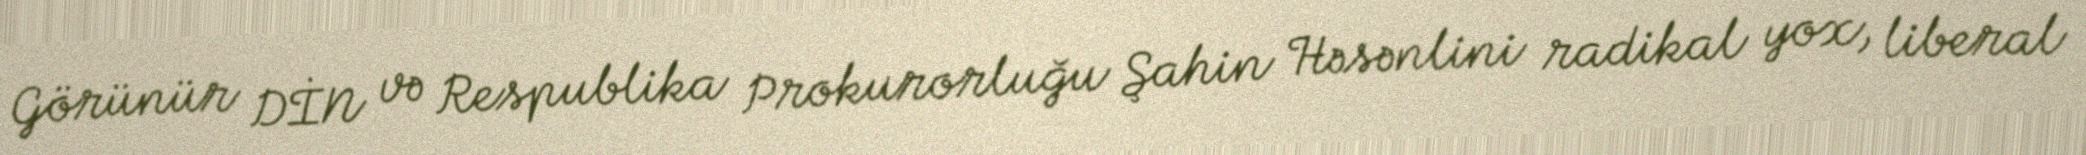
Görünür DİN və Respublika Prokurorluğu Şahin Həsənlini radikal yox, liberal